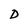
Character: D